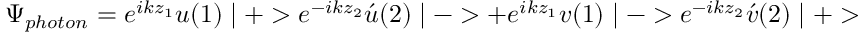
\Psi _ { p h o t o n } = e ^ { i k z _ { 1 } } u ( 1 ) \mid + > e ^ { - i k z _ { 2 } } \acute { u } ( 2 ) \mid - > + e ^ { i k z _ { 1 } } v ( 1 ) \mid - > e ^ { - i k z _ { 2 } } \acute { v } ( 2 ) \mid + >